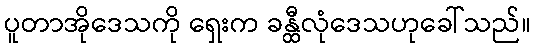
ပူတာအိုဒေသကို ရှေးက ခန္ထီလုံဒေသဟုခေါ်သည်။